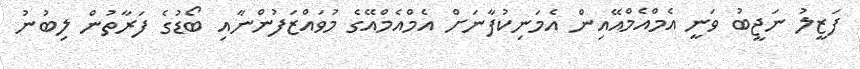
ފަޒީލު ނަޖީބު ވަނީ އެމްއެމްއޭއިން އެމަނިކުފާނަށް އެމްއެމްއޭގެ މުވައްޒަފުންނާއި ބޯޑުގެ ފަރާތުން ލިބުނު